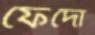
ফেঁদো